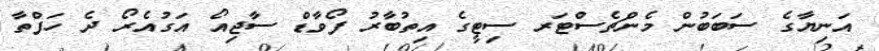
އަނިޔާގެ ސަބަބުން މެންޗެސްޓަރ ސިޓީގެ އިތުބާރު ފޯވާޑް ސާޖިއޯ އަގުއެރޯ ދެ ހަފްތާ